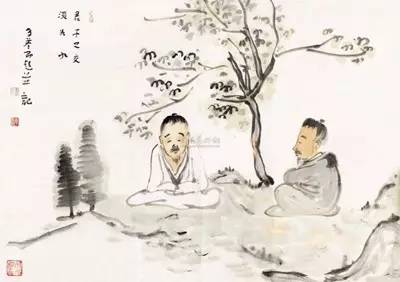
马骇舆，则君子不安舆庶人骇政，则君子不安位。